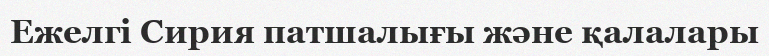
Ежелгі Сирия патшалығы және қалалары